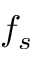
f _ { s }